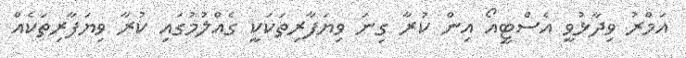
އަމްރު ވިދާޅުވީ އެސްޓީއޯ އިން ކުރާ ގިނަ ވިޔަފާރިތަކަކީ ގެއްލުމުގައި ކުރާ ވިޔަފާރިތަކެއް